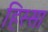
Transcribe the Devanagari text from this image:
हिस्सा